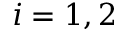
i = 1 , 2